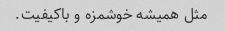
مثل همیشه خوشمزه و باکیفیت.